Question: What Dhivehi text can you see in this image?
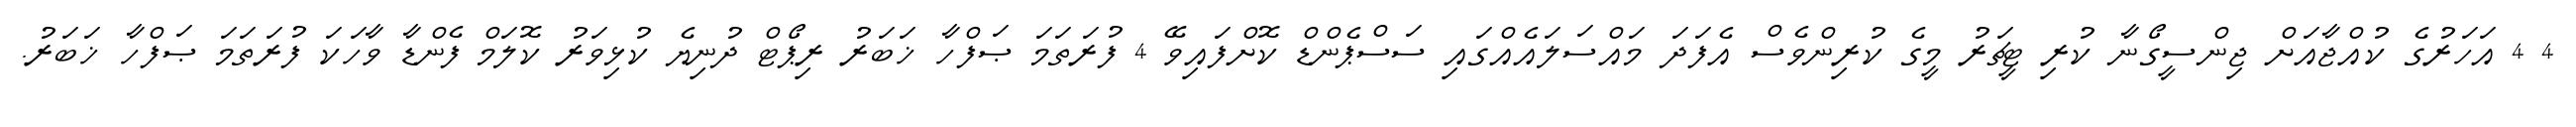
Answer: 4 4 އަހަރުގެ ކުއްޖާއަށް ޖިންސީގޯނާ ކުރި ޓީޗަރު މީގެ ކުރިންވެސް އެފަދަ މައްސަލައެއްގައި ސަސްޕެންޑް ކޮށްފައިވޭ 4 ފުރަތަމަ ޞަފްހާ ޚަބަރު ރިޕޯޓް ދުނިޔެ ކުޅިވަރު ކޮލަމް ފެންޑާ ވާހަކަ ފުރަތަމަ ޞަފްހާ ޚަބަރު.